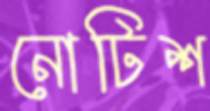
নোটিশ